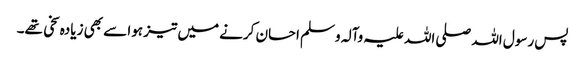
پس رسول اللہ صلی اللہ علیہ وآلہ وسلم احسان کرنے میں تیز ہوا سے بھی زیادہ سخی تھے۔